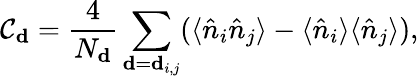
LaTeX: \mathcal{C}_{\mathbf{{d}}}=\frac{{4}}{{N_{\mathbf{{d}}}}}\sum_{\mathbf{{d}}=\mathbf{{d}}_{i,j}}(\langle\hat{{n}}_{i}\hat{{n}}_{j}\rangle-\langle\hat{{n}}_{i}\rangle\langle\hat{{n}}_{j}\rangle),